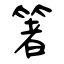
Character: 箸